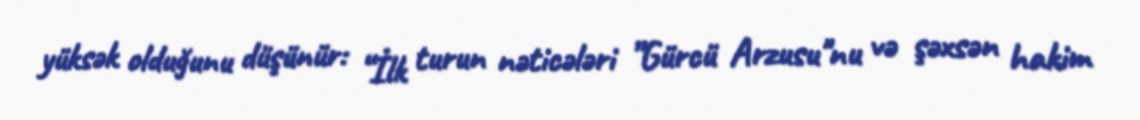
yüksək olduğunu düşünür: “İlk turun nəticələri ”Gürcü Arzusu"nu və şəxsən hakim